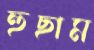
হুছাম